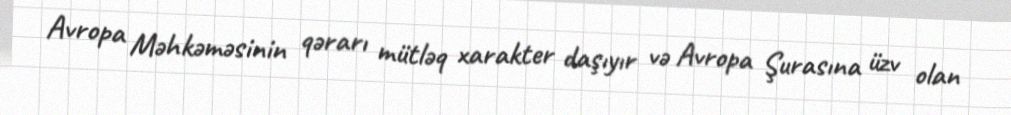
Avropa Məhkəməsinin qərarı mütləq xarakter daşıyır və Avropa Şurasına üzv olan